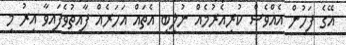
އޭގެ ފަހުން އެއްވެސް ކުރިއެރުމެއް ނުލިބި އެތައް އަހަރެއް ފާއިތުވެފައިވާ އިރު މި